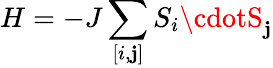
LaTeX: H=-J\sum_{[i,\mathbf{j}]}S_{i}\cdotS_{\mathbf{j}}